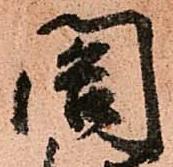
閤